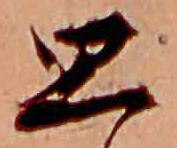
思